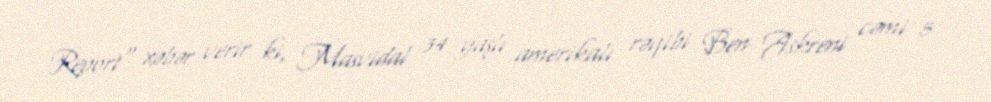
Report" xəbər verir ki, Masvidal 34 yaşlı amerikalı rəqibi Ben Askreni cəmi 5